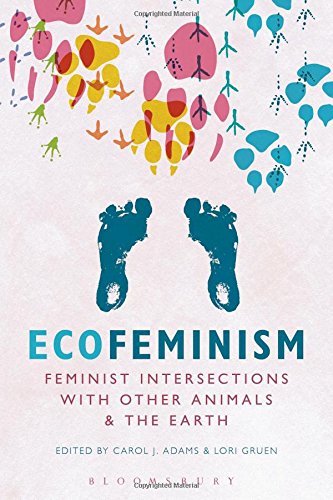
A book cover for Ecofeminism: Feminist Intersections with Other Animals and the Earth; Gay & Lesbian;